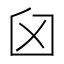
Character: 𦥓